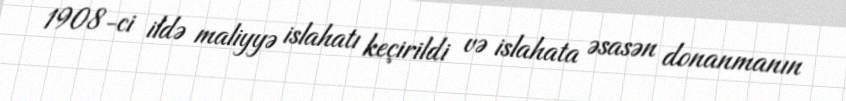
1908-ci ildə maliyyə islahatı keçirildi və islahata əsasən donanmanın